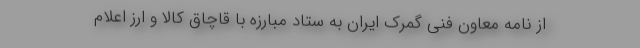
از نامه معاون فنی گمرک ایران به ستاد مبارزه با قاچاق کالا و ارز اعلام